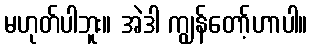
မဟုတ်ပါဘူး။ အဲဒါ ကျွန်တော့်ဟာပါ။